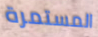
المستمرة